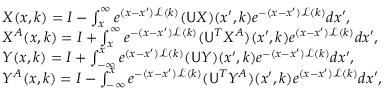
\begin{array} { r l } & { X ( x , k ) = I - \int _ { x } ^ { \infty } e ^ { ( x - x ^ { \prime } ) \mathcal { L } ( k ) } ( \mathsf { U } X ) ( x ^ { \prime } , k ) e ^ { - ( x - x ^ { \prime } ) \mathcal { L } ( k ) } d x ^ { \prime } , } \\ & { X ^ { A } ( x , k ) = I + \int _ { x } ^ { \infty } e ^ { - ( x - x ^ { \prime } ) \mathcal { L } ( k ) } ( \mathsf { U } ^ { T } X ^ { A } ) ( x ^ { \prime } , k ) e ^ { ( x - x ^ { \prime } ) \mathcal { L } ( k ) } d x ^ { \prime } , } \\ & { Y ( x , k ) = I + \int _ { - \infty } ^ { x } e ^ { ( x - x ^ { \prime } ) \mathcal { L } ( k ) } ( \mathsf { U } Y ) ( x ^ { \prime } , k ) e ^ { - ( x - x ^ { \prime } ) \mathcal { L } ( k ) } d x ^ { \prime } , } \\ & { Y ^ { A } ( x , k ) = I - \int _ { - \infty } ^ { x } e ^ { - ( x - x ^ { \prime } ) \mathcal { L } ( k ) } ( \mathsf { U } ^ { T } Y ^ { A } ) ( x ^ { \prime } , k ) e ^ { ( x - x ^ { \prime } ) \mathcal { L } ( k ) } d x ^ { \prime } , } \end{array}